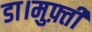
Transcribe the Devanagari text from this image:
डा।मुफ़्ती